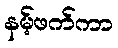
နမ့်ဖက်ကာ